Eesti_Rahvusfond, lk 42
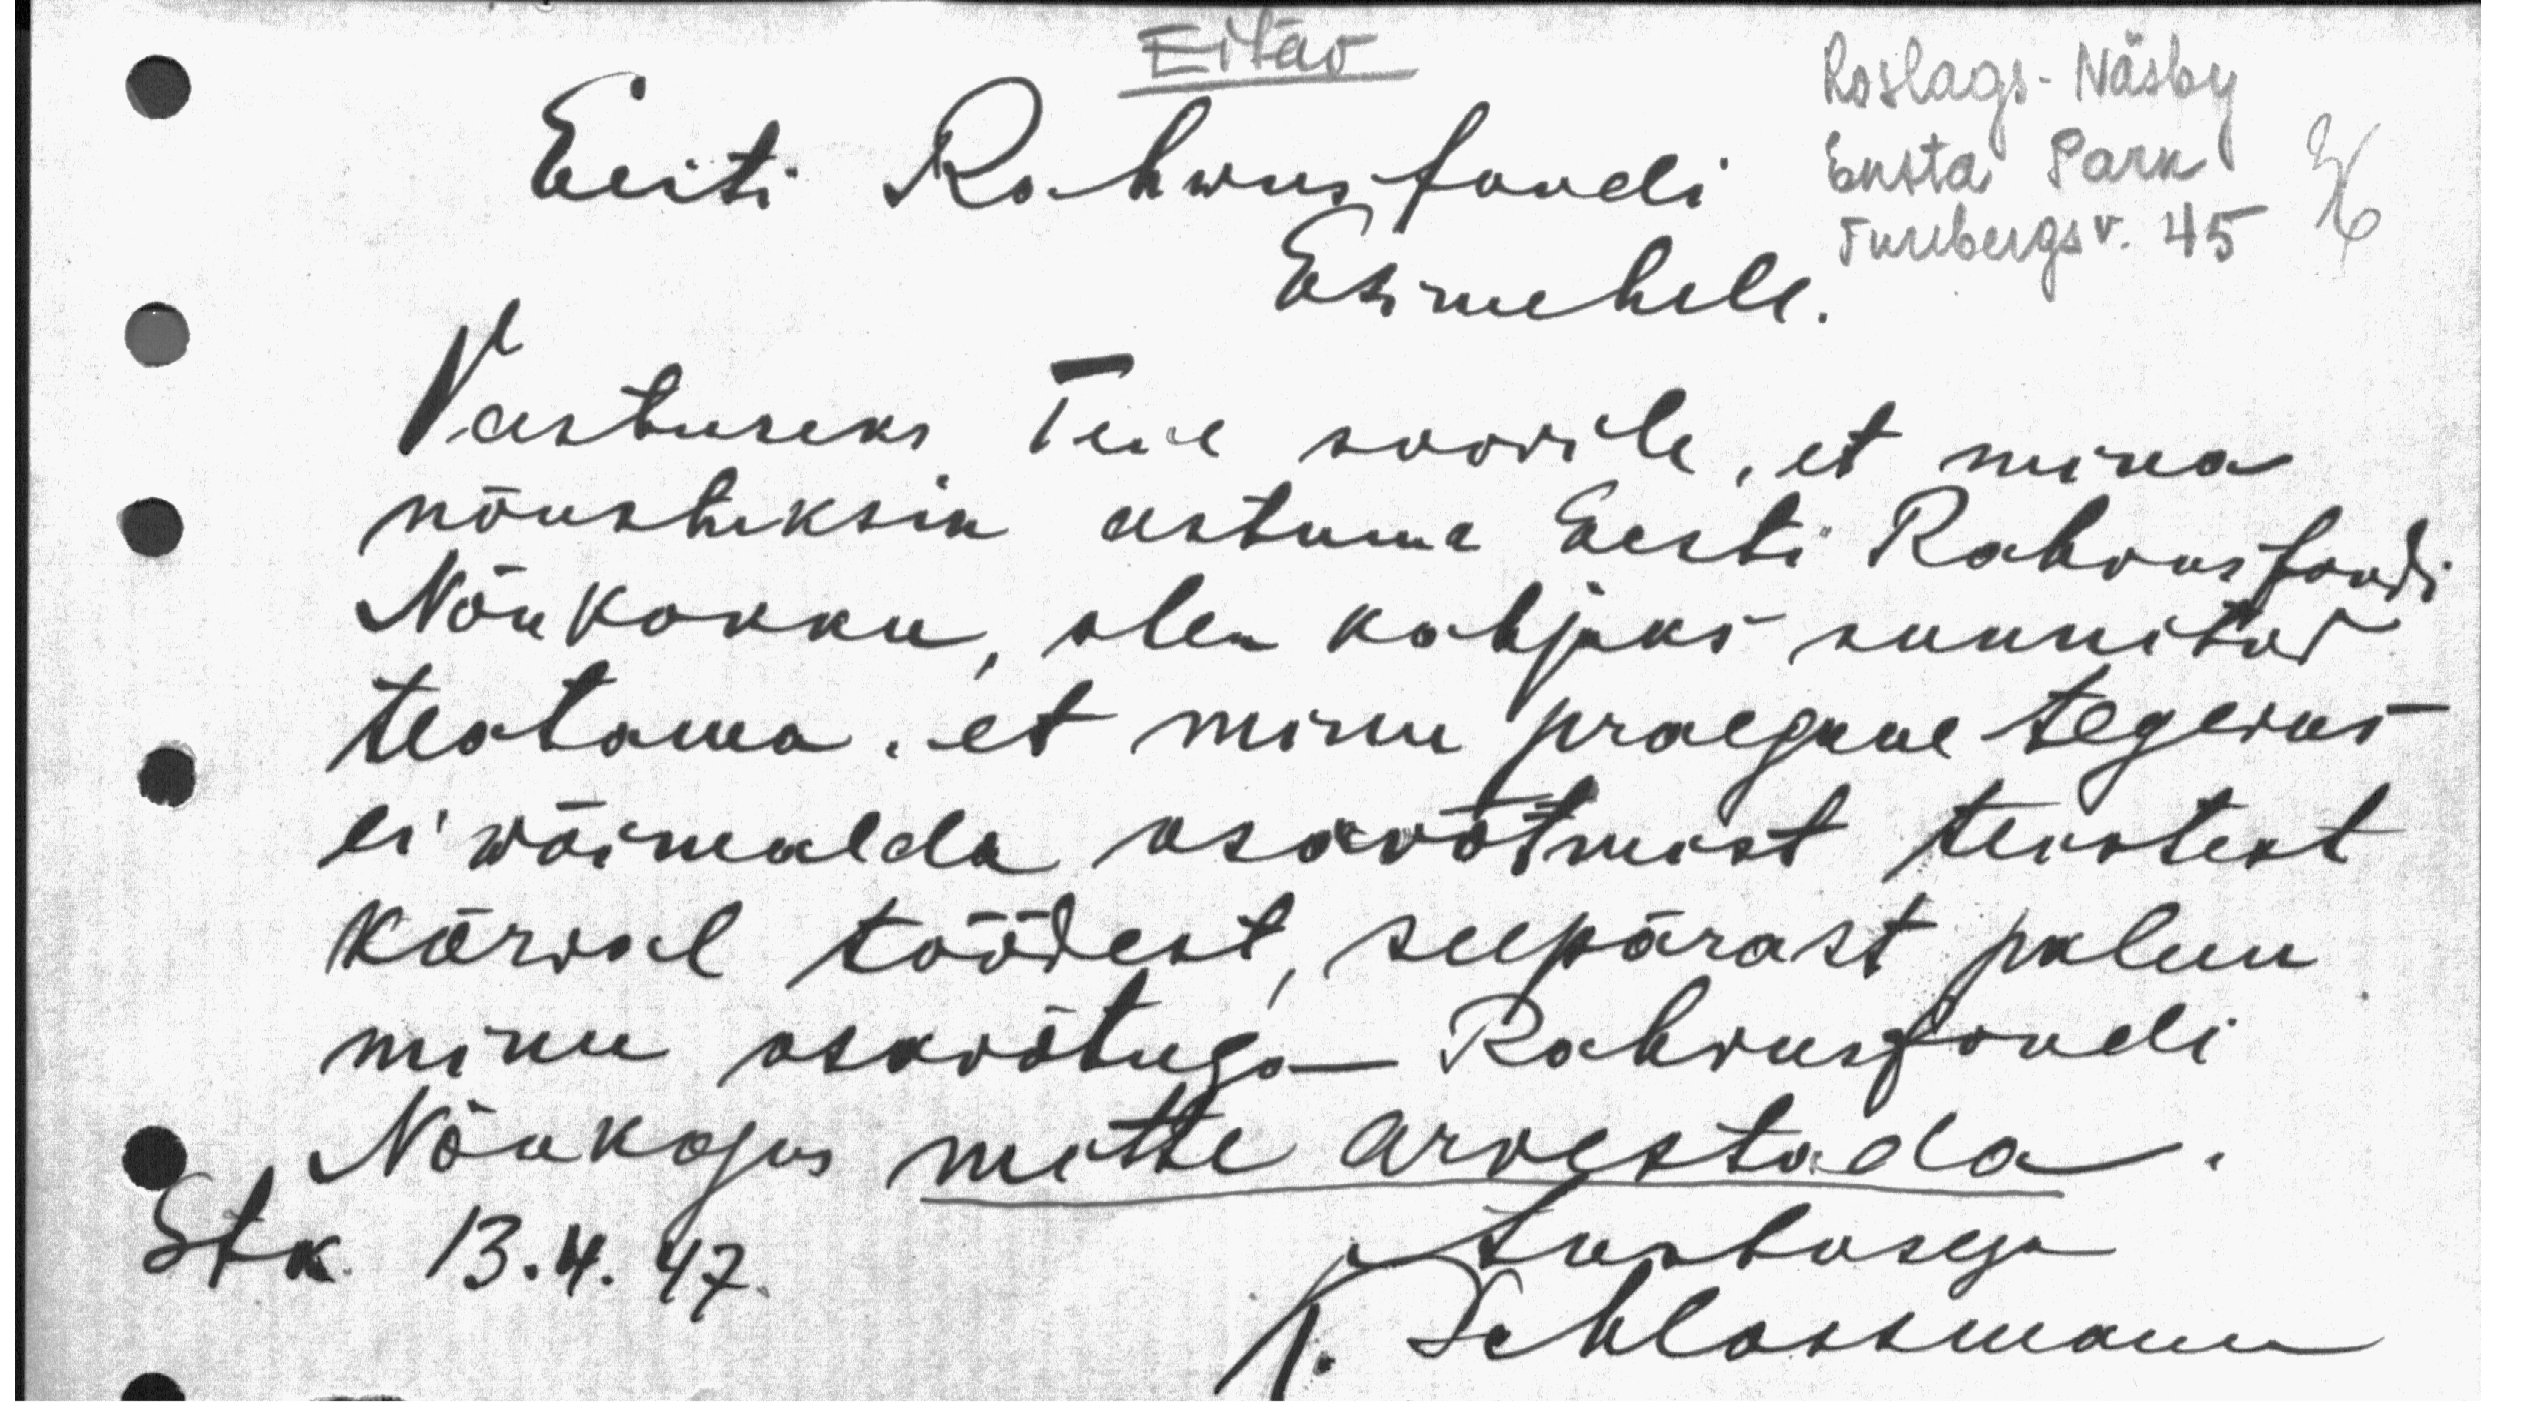
Eitav
Roslags-Näsby
Ensta Park
Turebergsv. 45
36
Eeiti Rahwusfondi
Esimehele.
Vastuseks Teie soovile, et mina
nõustuksin astuma Eesti Rahvusfondi
Nõukokku, olen kahjuks sunnitud
teatama, et minu praegune tegevus
ei wõimalda osavõtmist teistest
kõrval töödest, seepärast palun
minu osavõtuga Rahvusfondi
Nõukogus mitte arvestada.
Stk. 13.4. 47.
Austusega
K. Schlossmann